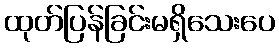
ထုတ်ပြန်ခြင်းမရှိသေးပေ